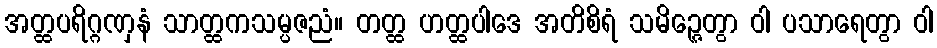
အတ္ထပရိဂ္ဂဏှနံ သာတ္ထကသမ္ပဇညံ။ တတ္ထ ဟတ္ထပါဒေ အတိစိရံ သမိဉ္ဇေတွာ ဝါ ပသာရေတွာ ဝါ